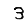
Digit: 3